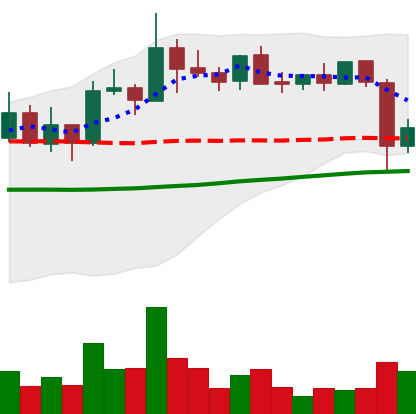
Ticker: XLM-USD
Chart end date: 2021-10-28
Forward return: 11.381%
Label: up_7plus